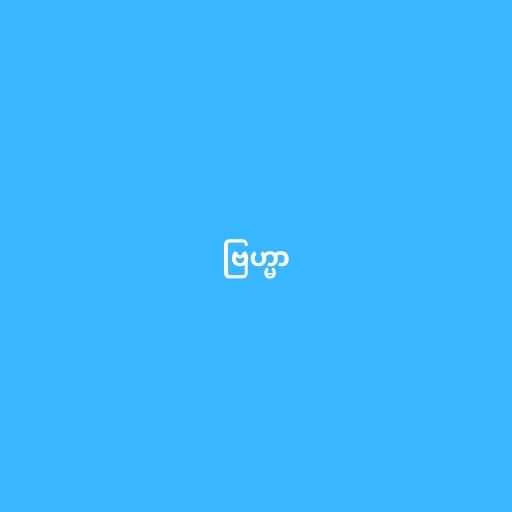
ဗြဟ္မာ